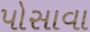
પોસાવા